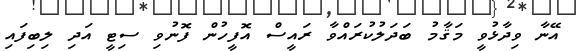
އޭނާ ވިދާޅުވީ މަޤާމު ބަދަލުކުރައްވާ ރައީސް އޮފީހުން ފޮނުވި ސިޓީ އަދި ލިބިފައި